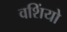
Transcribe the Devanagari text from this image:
वशिंयो